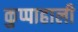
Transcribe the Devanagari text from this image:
कुप्पाहाली